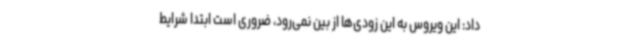
داد: این ویروس به این زودی‌ها از بین نمی‌رود، ضروری است ابتدا شرایط